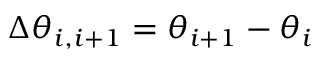
\Delta \theta _ { i , i + 1 } = \theta _ { i + 1 } - \theta _ { i }